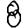
Digit: 8